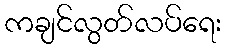
ကချင်လွတ်လပ်ရေး